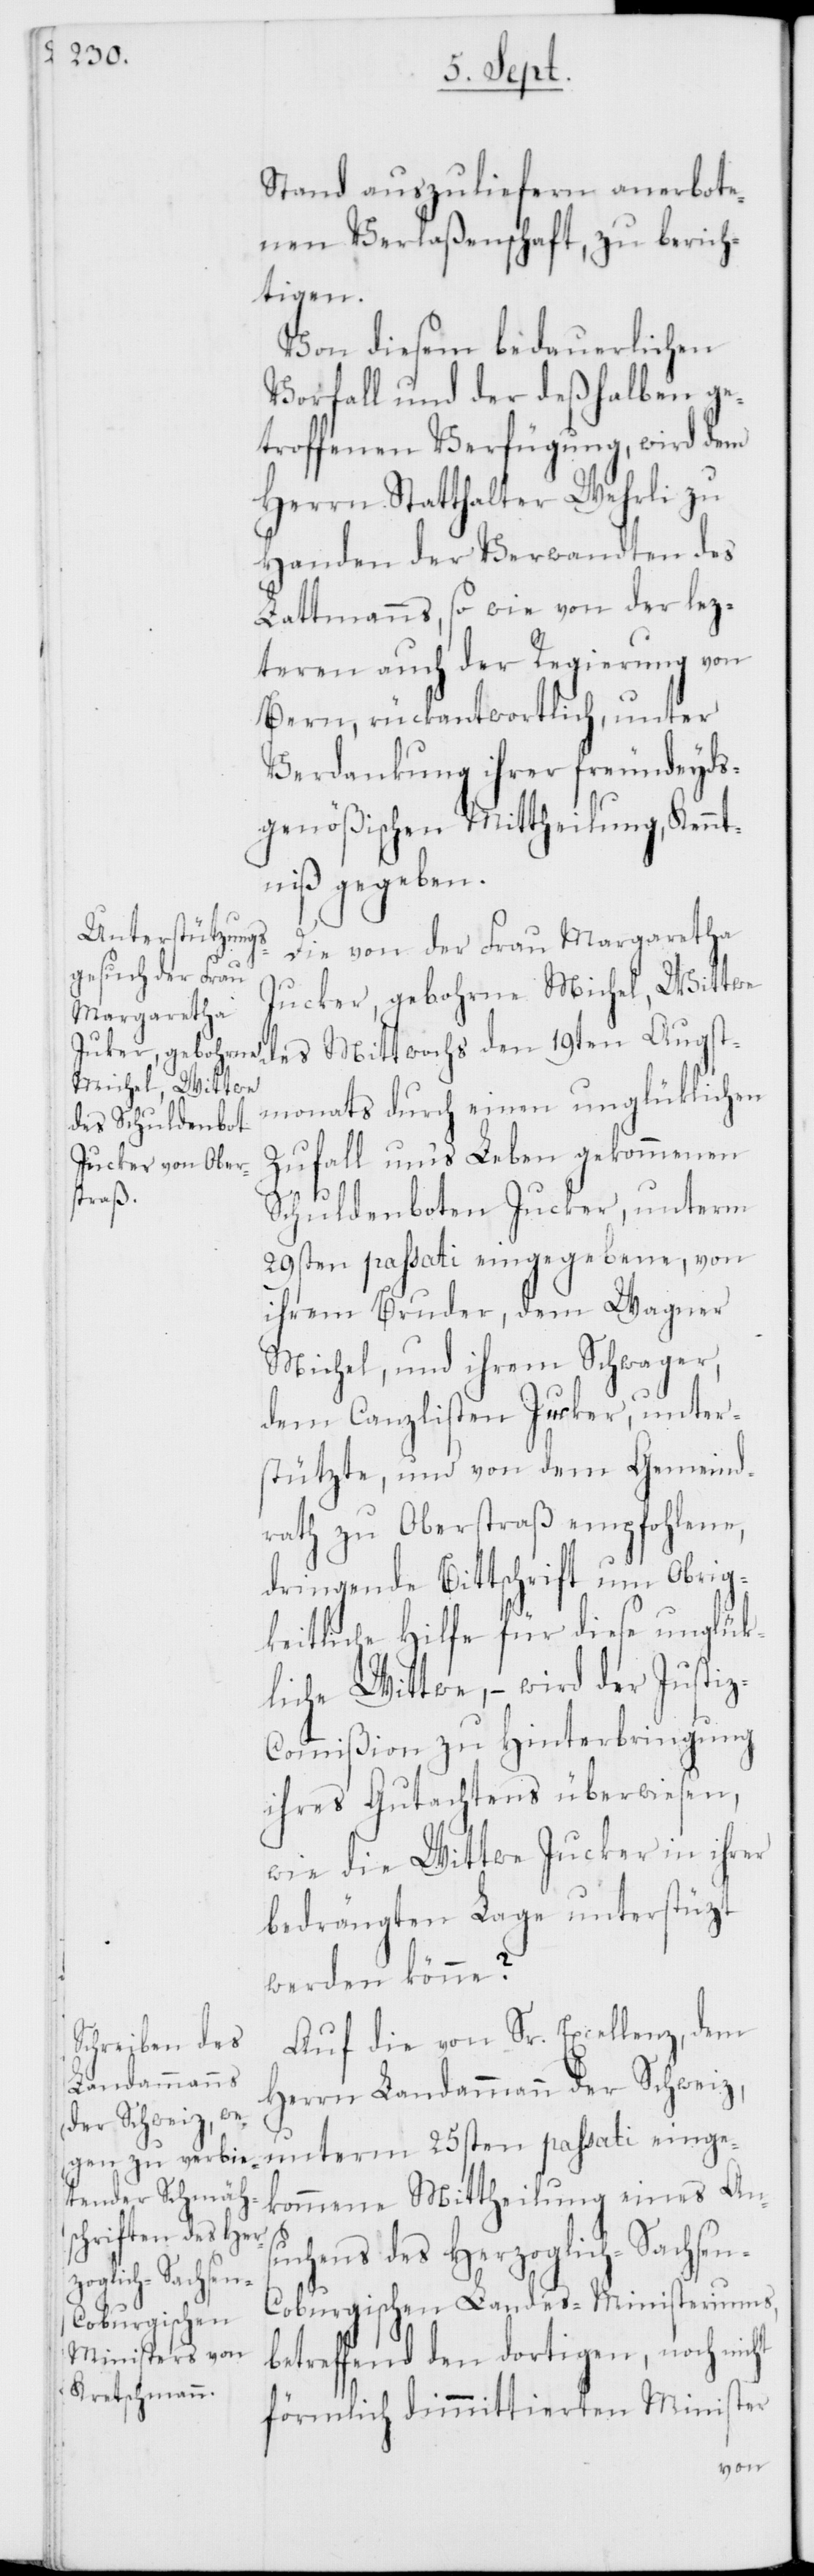
Augst¬
Stand auszulieferen anerbote¬
nen Verlaßenschaft, zu berich¬
tigen.
Von diesem bedauerlichen
Vorfall und der deßhalben ge¬
troffenen Verfügung, wird dem
Herrn Statthalter Wehrli zu
Handen der Verwandten des
Lattmanns, so wie von der lez¬
teren auch der Regierung von
Bern, rückantwortlich, unter
Verdankung ihrer freundeyds¬
genößischen Mittheilung, Kennt¬
niß gegeben.
Die von der Frau Margaretha
Jucker, gebohrne Michel, Wittwe
monats durch einen unglücklichen
Zufall ums Leben gekommenen
Schuldenboten Jucker, unterm
29sten passati eingegebene, von
ihrem Bruder, dem Wagner
Michel, und ihrem Schwager,
dem Canzlisten Jucker, unter¬
stützte, und von dem Gemeind¬
rath zu Oberstraß empfohlene,
dringende Bittschrift um Obrig¬
keitliche Hilfe für diese unglück¬
liche Wittwe, – wird der Justi¬
z-Commißion zu Hinterbringung
ihres Gutachtens überwiesen,
wie die Wittwe Jucker in ihrer
bedrängten Lage unterstützt
werden könne?
Auf die von Sr. Excellenz, dem
Herrn Landammann der Schweiz,
unterm 25sten passati einge¬
kommene Mittheilung eines Ans¬
uchens des Herzoglich-Sachse¬
n-Coburgischen Landes-Ministeriums,
betreffend den dortigen, noch nicht
förmlich dimmittierten Minister